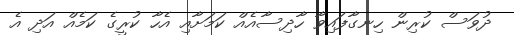
ދުވަސް ކުރިން ހިނގާފައިވާ ހާދިސާއެއް ކަމަށާއި އެހާ ކުރީގެ ކަމެއް އަދި އެ